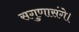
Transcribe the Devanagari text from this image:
सगुणासंगे।